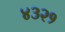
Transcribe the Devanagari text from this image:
४३२१